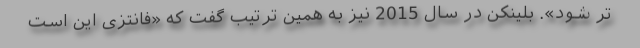
تر شود». بلینکن در سال 2015 نیز به همین ترتیب گفت که «فانتزی این است